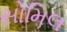
સોમિલ